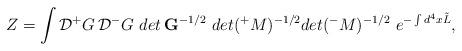
LaTeX: \begin{align*}Z=\int {\cal D}{^+}G\, {\cal D} {^-}G \,\, det\, {\bf G}^{-1/2} \,\,det ({^+}M)^{-1/2} det ({^-}M)^{-1/2} \,\, e^{- \int d^4x \tilde L},\end{align*}